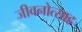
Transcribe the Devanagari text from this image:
जीवनोत्साह